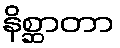
နိစ္ဆာတာ